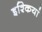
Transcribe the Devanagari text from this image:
इश्कियां